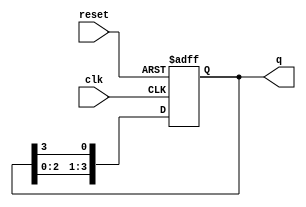
module ring_counter (
    input wire clk,        // Clock input
    input wire reset,      // Asynchronous reset input
    output reg [3:0] q     // 4-bit output
);

// Initial state
initial begin
    q = 4'b1000; // Initialize to 1000
end

// Always block triggered on the rising edge of the clock or on reset
always @(posedge clk or posedge reset) begin
    if (reset) begin
        q <= 4'b1000; // Reset to initial state
    end else begin
        // Shift the '1' bit to the right
        q <= {q[2:0], q[3]}; // Shift right and wrap around
    end
end

endmodule